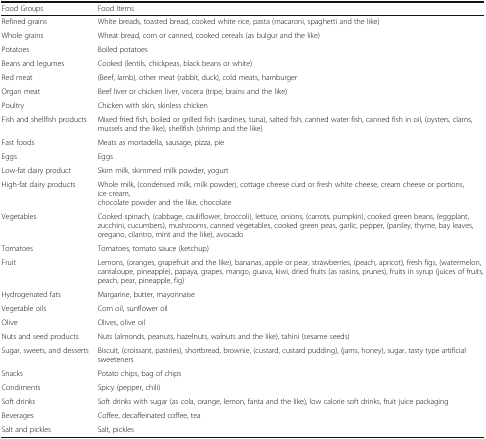
| Food Groups | Food Items |
 | --- | --- |
 | Refined grains | White breads, toasted bread, cooked white rice, pasta (macaroni, spaghetti and the like) |
 | Whole grains | Wheat bread, corn or canned, cooked cereals (as bulgur and the like) |
 | Potatoes | Boiled potatoes |
 | Beans and legumes | Cooked (lentils, chickpeas, black beans or white) |
 | Red meat | (Beef, lamb), other meat (rabbit, duck), cold meats, hamburger |
 | Organ meat | Beef liver or chicken liver, viscera (tripe, brains and the like) |
 | Poultry | Chicken with skin, skinless chicken |
 | Fish and shellfish products | Mixed fried fish, boiled or grilled fish (sardines, tuna), salted fish, canned water fish, canned fish in oil, (oysters, clams, mussels and the like), shellfish (shrimp and the like) |
 | Fast foods | Meats as mortadella, sausage, pizza, pie |
 | Eggs | Eggs |
 | Low-fat dairy product | Skim milk, skimmed milk powder, yogurt |
 | High-fat dairy products | Whole milk, (condensed milk, milk powder), cottage cheese curd or fresh white cheese, cream cheese or portions, ice cream, chocolate powder and the like, chocolate |
 | Vegetables | Cooked spinach, (cabbage, cauliflower, broccoli), lettuce, onions, (carrots, pumpkin), cooked green beans, (eggplant, zucchini, cucumbers), mushrooms, canned vegetables, cooked green peas, garlic, pepper, (parsley, thyme, bay leaves, oregano, cilantro, mint and the like), avocado |
 | Tomatoes | Tomatoes, tomato sauce (ketchup) |
 | Fruit | Lemons, (oranges, grapefruit and the like), bananas, apple or pear, strawberries, (peach, apricot), fresh figs, (watermelon, cantaloupe, pineapple), papaya, grapes, mango, guava, kiwi, dried fruits (as raisins, prunes), fruits in syrup (juices of fruits, peach, pear, pineapple, fig) |
 | Hydrogenated fats | Margarine, butter, mayonnaise |
 | Vegetable oils | Corn oil, sunflower oil |
 | Olive | Olives, olive oil |
 | Nuts and seed products | Nuts (almonds, peanuts, hazelnuts, walnuts and the like), tahini (sesame seeds) |
 | Sugar, sweets, and desserts | Biscuit, (croissant, pastries), shortbread, brownie, (custard, custard pudding), (jams, honey), sugar, tasty type artificial sweeteners |
 | Snacks | Potato chips, bag of chips |
 | Condiments | Spicy (pepper, chili) |
 | Soft drinks | Soft drinks with sugar (as cola, orange, lemon, fanta and the like), low calorie soft drinks, fruit juice packaging |
 | Beverages | Coffee, decaffeinated coffee, tea |
 | Salt and pickles | Salt, pickles |